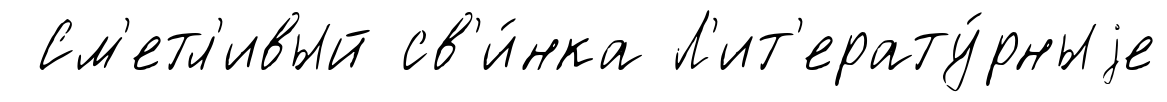
См'етл'ивый св'и́нка Л'ит'ерату́рныjе